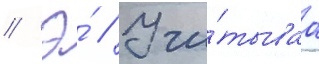
// Э́ // Учи́тываа